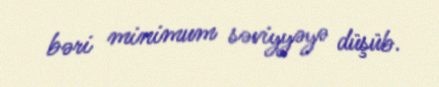
bəri minimum səviyyəyə düşüb.